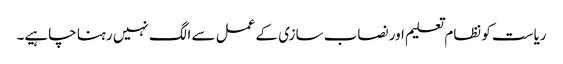
ریاست کو نظام تعلیم اور نصاب سازی کے عمل سے الگ نہیں رہنا چاہیے۔